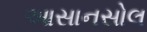
આસાનસોલ